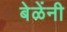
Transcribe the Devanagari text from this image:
बेळेंनी